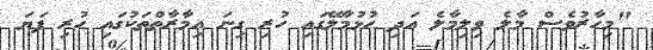
"މިހާރުވެސް މާލެ ވިލިމާލެ އަދި ހުޅުމާލޭގައި ހުރި ގިނަ އިމާރާތްތަކުގައި ހުރި ފަޔަ